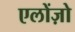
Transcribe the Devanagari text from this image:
एलोंज़ो